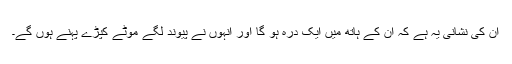
ان کی نشانی یہ ہے کہ ان کے ہاتھ میں ایک درہ ہو گا اور انہوں نے پیوند لگے موٹے کپڑے پہنے ہوں گے۔